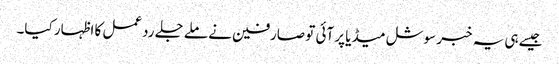
جیسےہی یہ خبر سوشل میڈیا پر آئی تو صارفین نے ملے جلے ردعمل کا اظہار کیا۔